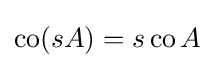
\operatorname {co} (sA)=s\operatorname {co} A